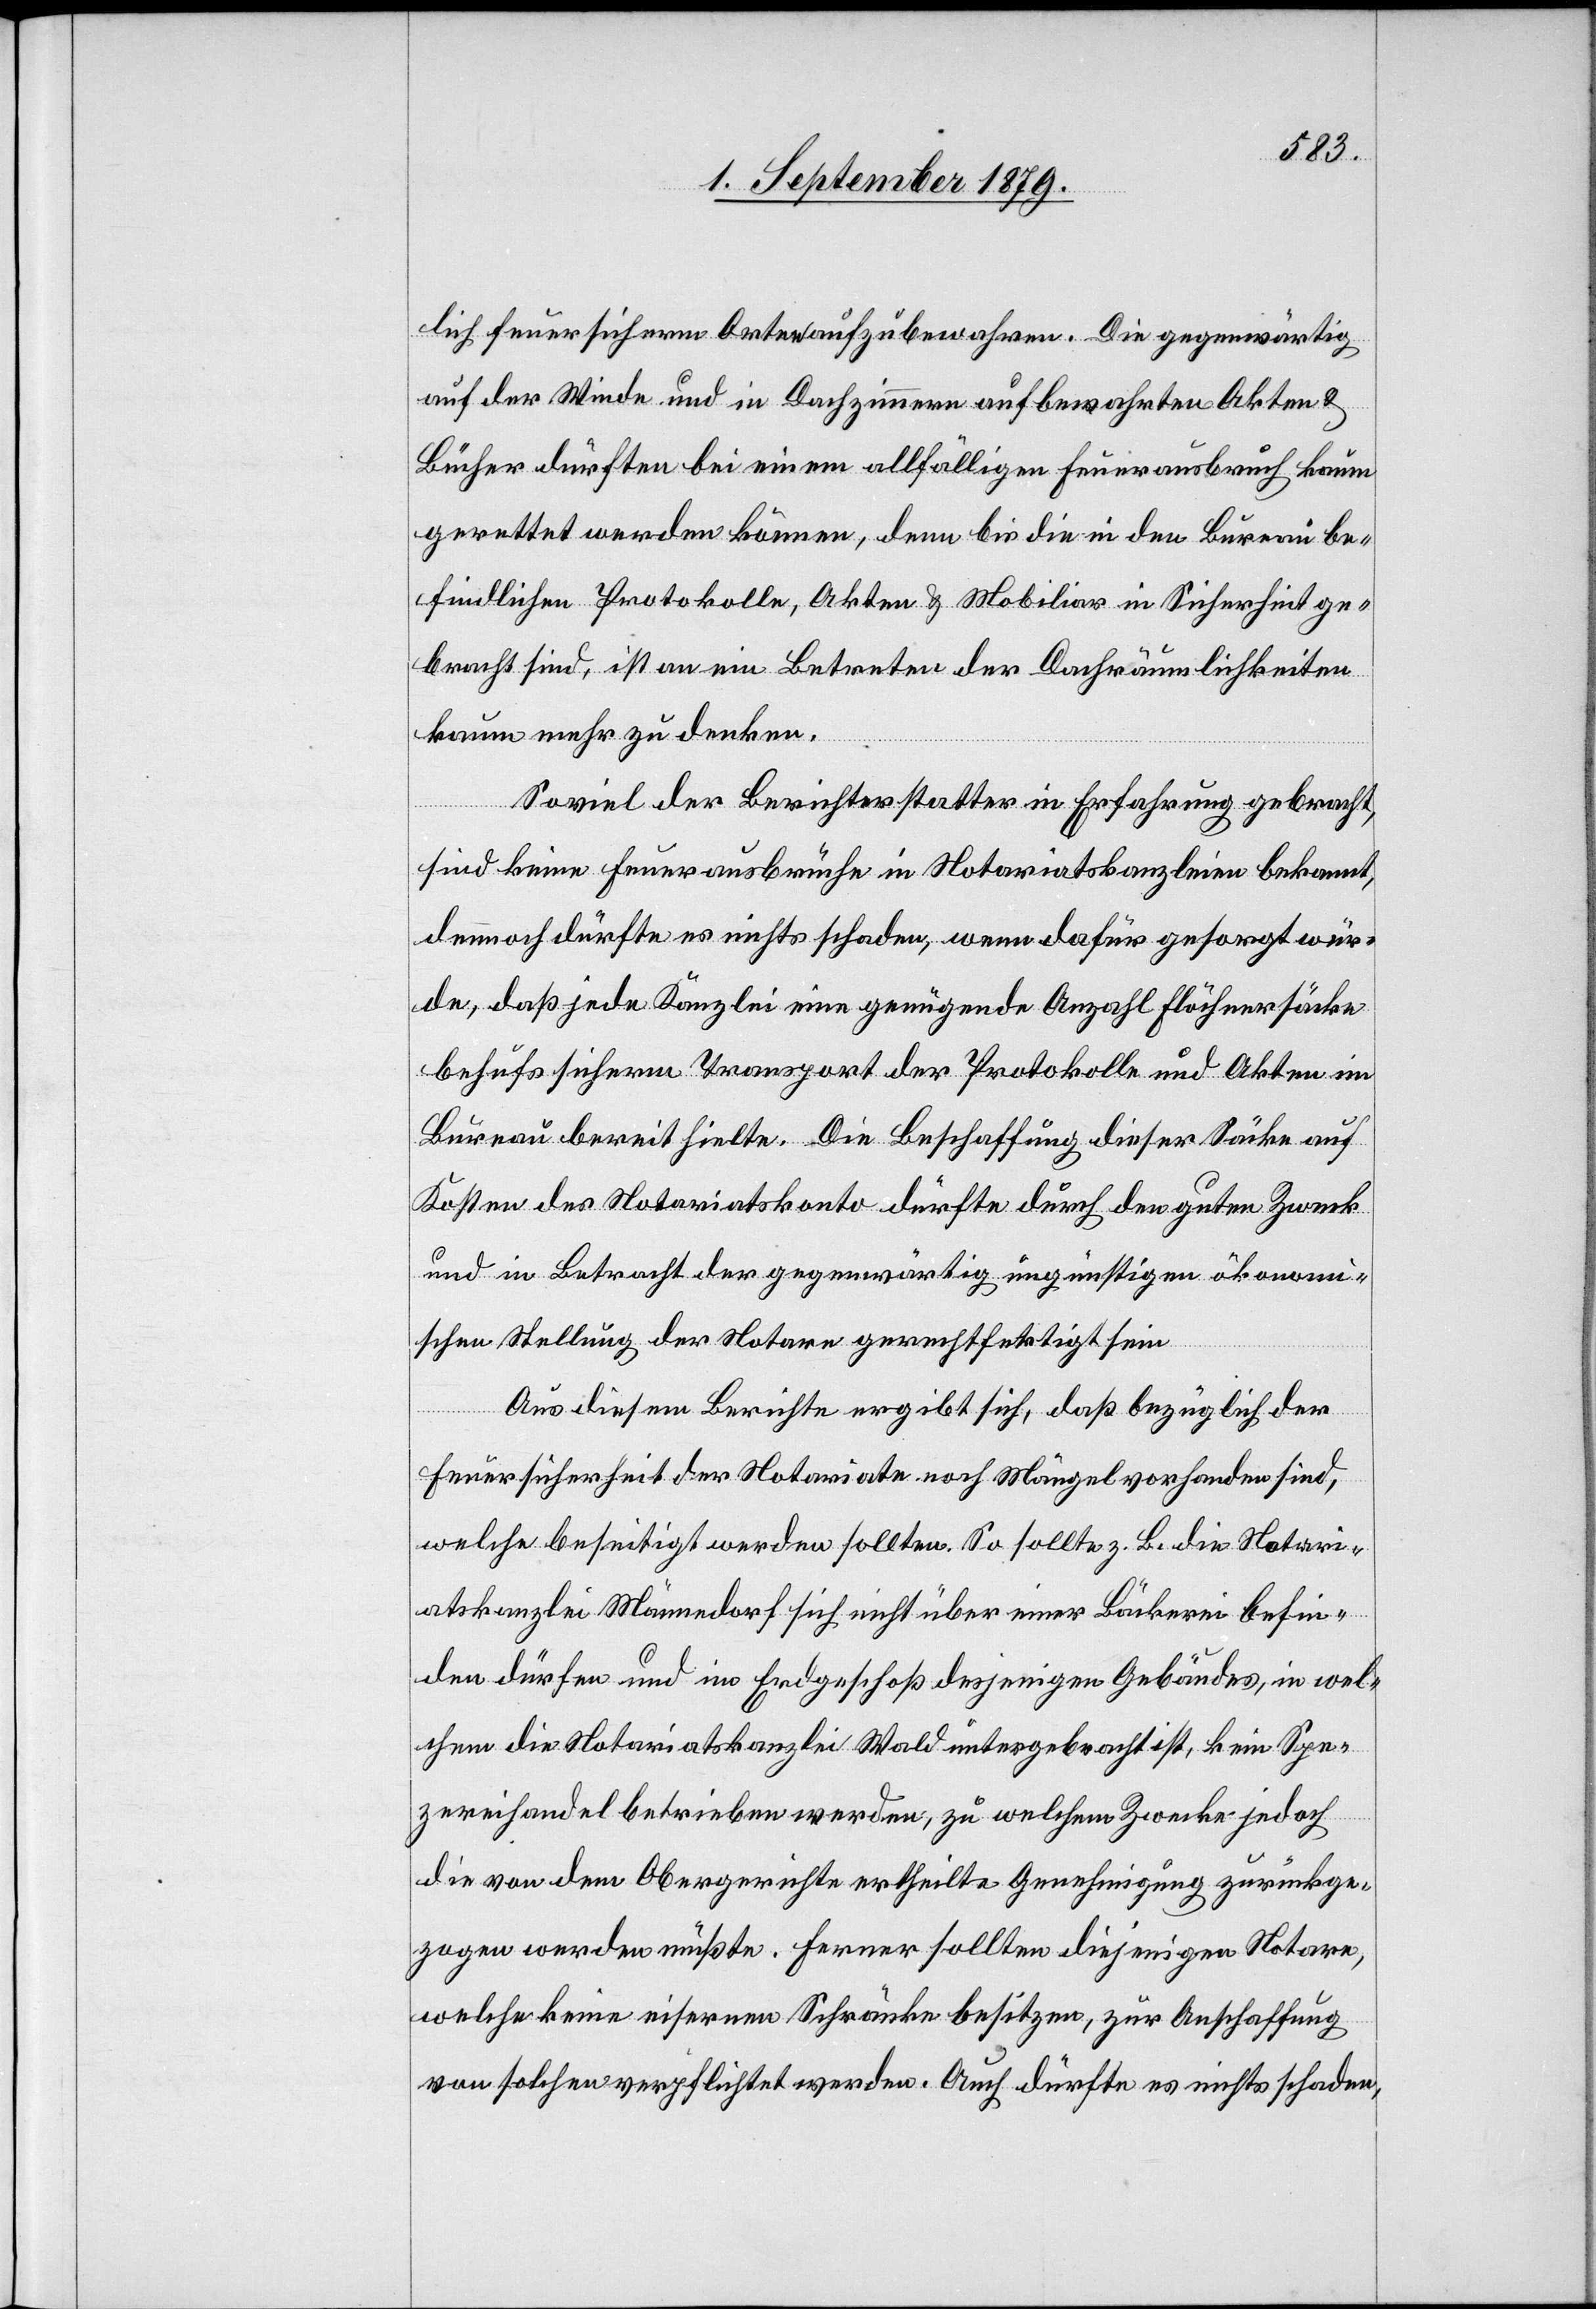
lich feuersichern Orten aufzubewahren. Die gegenwärtig
auf der Winde und Dachzimmern aufbewahrten Akten &
Bücher dürften bei einem allfälligen Feuerausbruch kaum
gerettet werden können, denn bis die in den Bureau be¬
findlichen Protokolle, Akten & Mobiliar in Sicherheit ge¬
bracht sind, ist an ein Betreten der Dachräumlichkeiten
kaum mehr zu denken.
Soviel der Berichterstatter in Erfahrung gebracht,
sind keine Feuerausbrüche in Notariatskanzleien bekannt,
demnach dürfte es nichts schaden, wenn dafür gesorgt wür¬
de, daß jede Kanzlei eine genügende Anzahl Flöchnersäcke
behufs sicherm Transport der Protokolle und Akten im
Bureau bereit hielte. Die Beschaffung dieser Säcke auf
Kosten des Notariatskonto dürfte durch den guten Zweck
und in Betracht der gegenwärtig ungünstigen ökonom¬
ischen Stellung der Notare gerechtfertigt sein.[“]
Aus diesem Berichte ergibt sich, daß bezüglich der
Feuersicherheit der Notariate noch Mängel vorhanden sind,
welche beseitigt werden sollten. So sollte z. B. die Notari¬
atskanzlei Männedorf sich nicht über einer Bäckerei befin¬
den dürfen und im Erdgeschoß desjenigen Gebäudes, in wel¬
chem die Notariatskanzlei Wald untergebracht ist, kein Spe¬
zereihandel betrieben werden, zu welchem Zwecke jedoch
die von dem Obergerichte ertheilte Genehmigung zurückge¬
zogen werden müßte. Ferner sollten diejenigen Notare,
welche keine eiserne Schränke besitzen, zur Anschaffung
von solchen verpflichtet werden. Auch dürfte es nichts schaden,